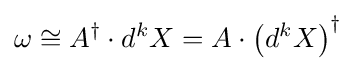
\omega \cong A^{\dagger }\cdot d^{k}X=A\cdot \left(d^{k}X\right)^{\dagger }